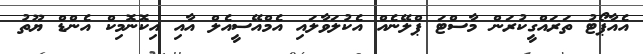
އެއާޕޯޓު ތަރައްގީކުރަން މާސްޓަ ޕްލޭނެއް އެކުލަވާލައި އެމްއޭސީއެލް އާއި އިކޮނޮމިކް އެންޑް ޔޫތު